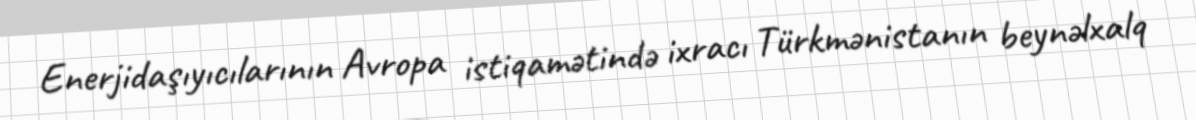
Enerjidaşıyıcılarının Avropa istiqamətində ixracı Türkmənistanın beynəlxalq